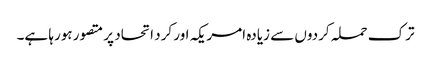
ترک حملہ کردوں سے زیادہ امریکہ اور کرد اتحاد پر متصور ہورہا ہے۔